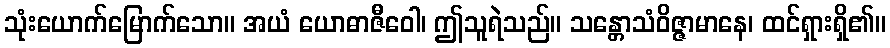
သုံးယောက်မြောက်သော။ အယံ ယောဓာဇီဝေါ၊ ဤသူရဲသည်။ သန္တောသံဝိဇ္ဇာမာနေ၊ ထင်ရှားရှိ၏။